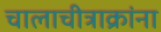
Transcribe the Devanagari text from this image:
चालाचीत्राक्रांना